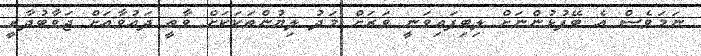
ނަމަވެސް އެ ބޭފުޅުންނަށް ލިބިފައިވަނީ ވަރަށް މަދު ލިޔުންތަކަކަށް ވާތީ ދައުވާއަށް ޖަވާބުދާރީ